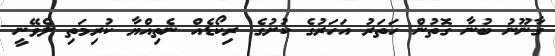
ގާނޫނު ބުނާ ގޮތުން ހަތަރު އަހަރުގެ ކުށުގެ ރިކޯޑެއް ނެތިއްޔާ ކުރިމަތި ލެވޭނީ